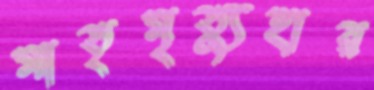
মাতৃমৃত্যুহার